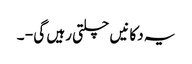
یہ دکانیں چلتی رہیں گی - ۔